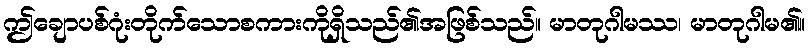
ဤချောပစ်ဂုံးတိုက်သောစကားကိုရှိသည်၏အဖြစ်သည်။ မာတုဂါမဿ၊ မာတုဂါမ၏။